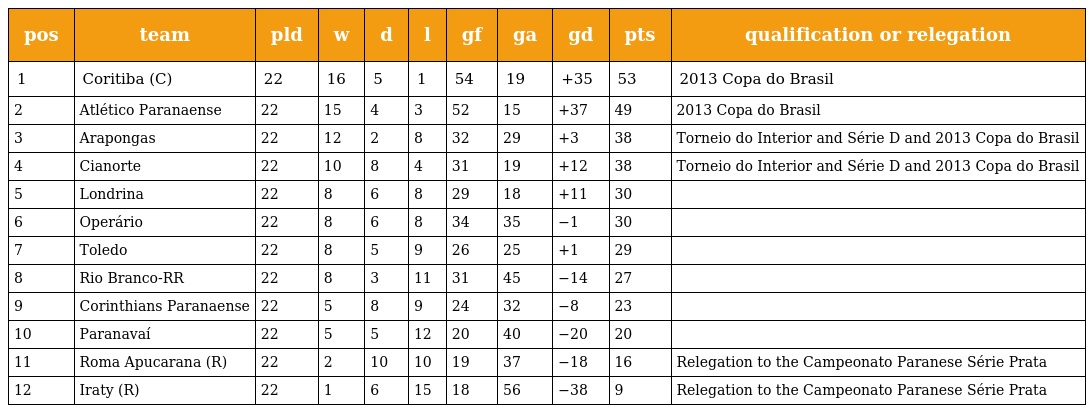
| pos | team | pld | w | d | l | gf | ga | gd | pts | qualification or relegation |
 | --- | --- | --- | --- | --- | --- | --- | --- | --- | --- | --- |
 | 1 | Coritiba (C) | 22 | 16 | 5 | 1 | 54 | 19 | +35 | 53 | 2013 Copa do Brasil |
 | 2 | Atlético Paranaense | 22 | 15 | 4 | 3 | 52 | 15 | +37 | 49 | 2013 Copa do Brasil |
 | 3 | Arapongas | 22 | 12 | 2 | 8 | 32 | 29 | +3 | 38 | Torneio do Interior and Série D and 2013 Copa do Brasil |
 | 4 | Cianorte | 22 | 10 | 8 | 4 | 31 | 19 | +12 | 38 | Torneio do Interior and Série D and 2013 Copa do Brasil |
 | 5 | Londrina | 22 | 8 | 6 | 8 | 29 | 18 | +11 | 30 |  |
 | 6 | Operário | 22 | 8 | 6 | 8 | 34 | 35 | −1 | 30 |  |
 | 7 | Toledo | 22 | 8 | 5 | 9 | 26 | 25 | +1 | 29 |  |
 | 8 | Rio Branco-RR | 22 | 8 | 3 | 11 | 31 | 45 | −14 | 27 |  |
 | 9 | Corinthians Paranaense | 22 | 5 | 8 | 9 | 24 | 32 | −8 | 23 |  |
 | 10 | Paranavaí | 22 | 5 | 5 | 12 | 20 | 40 | −20 | 20 |  |
 | 11 | Roma Apucarana (R) | 22 | 2 | 10 | 10 | 19 | 37 | −18 | 16 | Relegation to the Campeonato Paranese Série Prata |
 | 12 | Iraty (R) | 22 | 1 | 6 | 15 | 18 | 56 | −38 | 9 | Relegation to the Campeonato Paranese Série Prata |